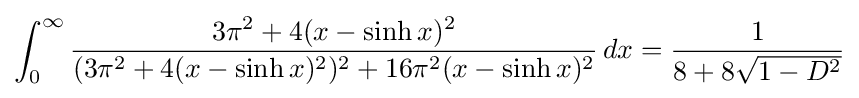
\int _{0}^{\infty }{\frac {3\pi ^{2}+4(x-\sinh x)^{2}}{(3\pi ^{2}+4(x-\sinh x)^{2})^{2}+16\pi ^{2}(x-\sinh x)^{2}}}\,dx={\frac {1}{8+8{\sqrt {1-D^{2}}}}}